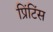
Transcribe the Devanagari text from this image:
प्रिंटिंस